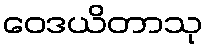
ဝေဒယိတာသု